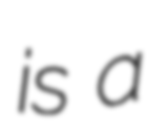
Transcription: is a